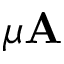
\mu \mathbf { A }